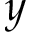
y